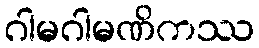
ဂါမဂါမဏိကဿ